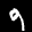
Label: 9